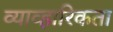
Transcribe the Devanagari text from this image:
व्याव्हारिकता